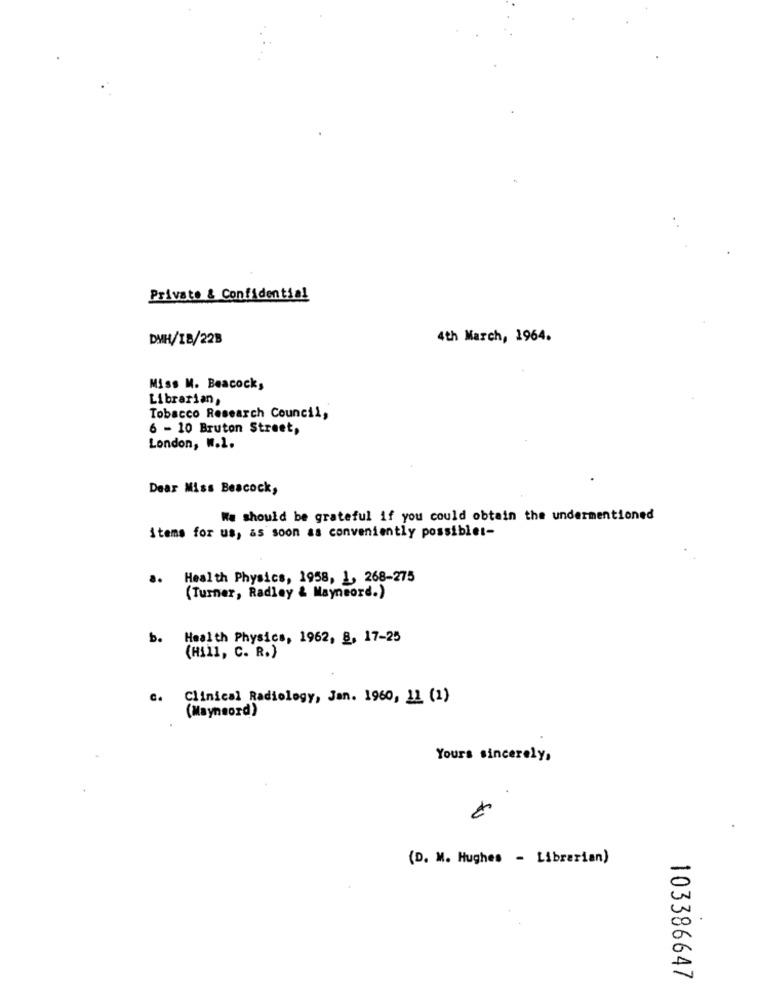
Private & Confidential
DMH/IB/22B
4th March, 1964.
Miss M. Beacock,
Librarian,
Tobacco Research Council,
6 - 10 Bruton Street,
London, W.1.
Dear Miss Beacock,
We should be grateful if you could obtain the undermentioned
items for us, as soon as conveniently possiblet-
..
Health Physics, 1958, 1, 268-275
(Turner, Radley & Mayneord.)
b.
Health Physics, 1962, 8, 17-25
(Hill, C. R.)
c.
Clinical Radiology, Jan. 1960, 11 (1)
(Maynoord)
Yours sincerely,
(D. M. Hughes - Librarian)
103386647